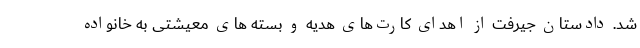
شد. دادستان جیرفت از اهدای کارت‌های هدیه و بسته های معیشتی به خانواده